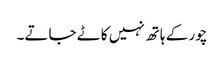
چور کے ہاتھ نہیں کاٹے جاتے۔